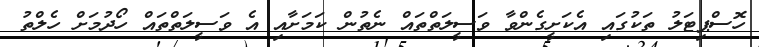
ހޮސްޕިޓަލު ތަކުގައި އެކަށީގެންވާ ވަސީލަތްތައް ނެތުން ކަމަށާއި އެ ވަސީލަތްތައް ހޯދުމަށް ހެލްތު